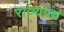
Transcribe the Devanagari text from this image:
राज्यपथ